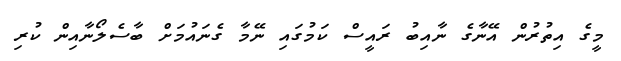
މީގެ އިތުރުން އޭނާގެ ނާއިބު ރައީސް ކަމުގައި ނޭމާ ގެނައުމަށް ބާސެލޯނާއިން ކުރި